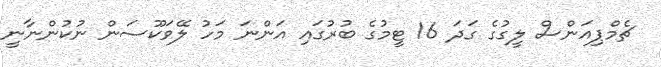
ޗެމްޕިއަންސް ލީގުގެ ގަދަ 16 ޓީމުގެ ބުރުގައި އަންނަ މަހު ލޭވަކޫސަން ނުކުންނާނީ